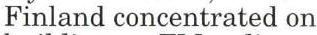
Finland concentrated on